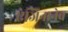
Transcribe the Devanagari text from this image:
एंजिनानेच